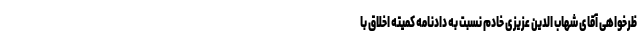
ظرخواهی آقای شهاب الدین عزیزی خادم نسبت به دادنامه کمیته اخلاق با